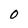
Character: 0